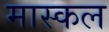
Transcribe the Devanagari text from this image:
मास्कल